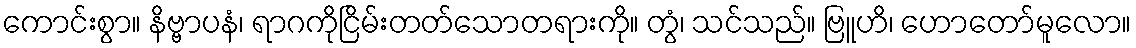
ကောင်းစွာ။ နိဗ္ဗာပနံ၊ ရာဂကိုငြိမ်းတတ်သောတရားကို။ တွံ၊ သင်သည်။ ဗြူဟိ၊ ဟောတော်မူလော။